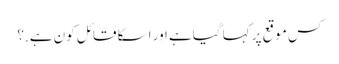
کس موقع پر کہا گیاہے اور اسکا قائل کون ہے.؟